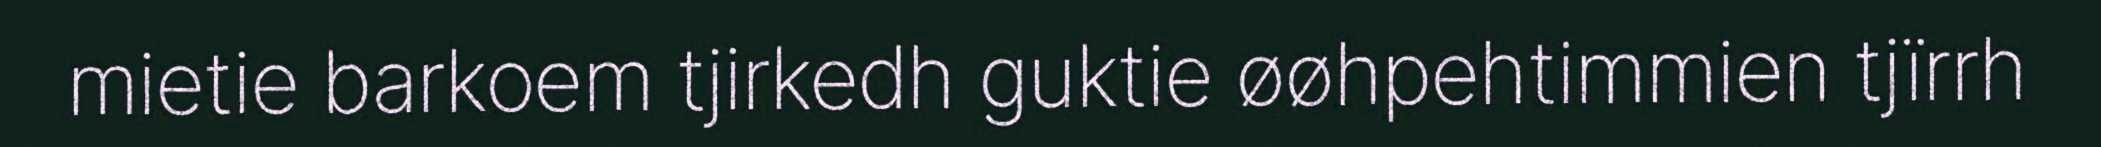
mietie barkoem tjirkedh guktie øøhpehtimmien tjïrrh